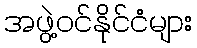
အဖွဲ့ဝင်နိုင်ငံများ